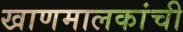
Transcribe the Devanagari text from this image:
खाणमालकांची